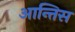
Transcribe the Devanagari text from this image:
आन्तिस